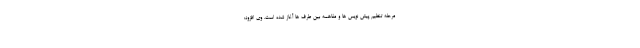
مرحله تنظیم پیش نویس ها و مفاهمه بین طرف ها آغاز شده است. وی افزود: